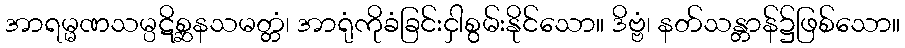
အာရမ္မဏသမ္ပဋိစ္ဆနသမတ္တံ၊ အာရုံကိုခံခြင်းငှါစွမ်းနိုင်သော။ ဒိဗ္ဗံ၊ နတ်သန္တာန်၌ဖြစ်သော။